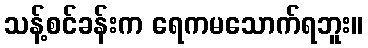
သန့်စင်ခန်းက ရေကမသောက်ရဘူး။